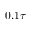
0 . 1 \tau